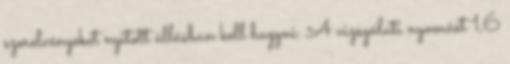
szerelvényeket nyitott állásban kell hagyni. A vizsgálati nyomást 1,6